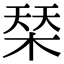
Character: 𣓁